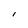
Character: l